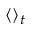
\langle \rangle _ { t }